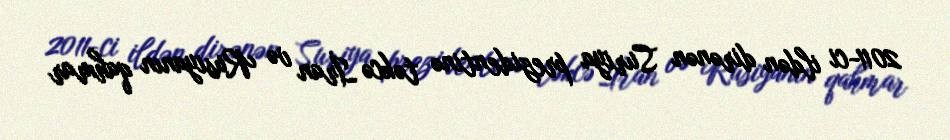
2011-ci ildən dirənən Suriya prezidentinə təkcə İran və Rusiyanın qahmar